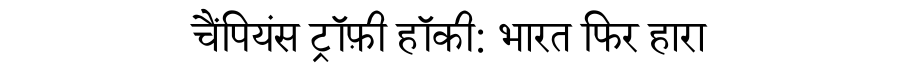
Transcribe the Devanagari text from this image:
चैंपियंस ट्रॉफ़ी हॉकी: भारत फिर हारा